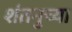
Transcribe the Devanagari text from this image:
शंतनुच्या